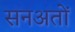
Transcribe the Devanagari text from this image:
सनअतों